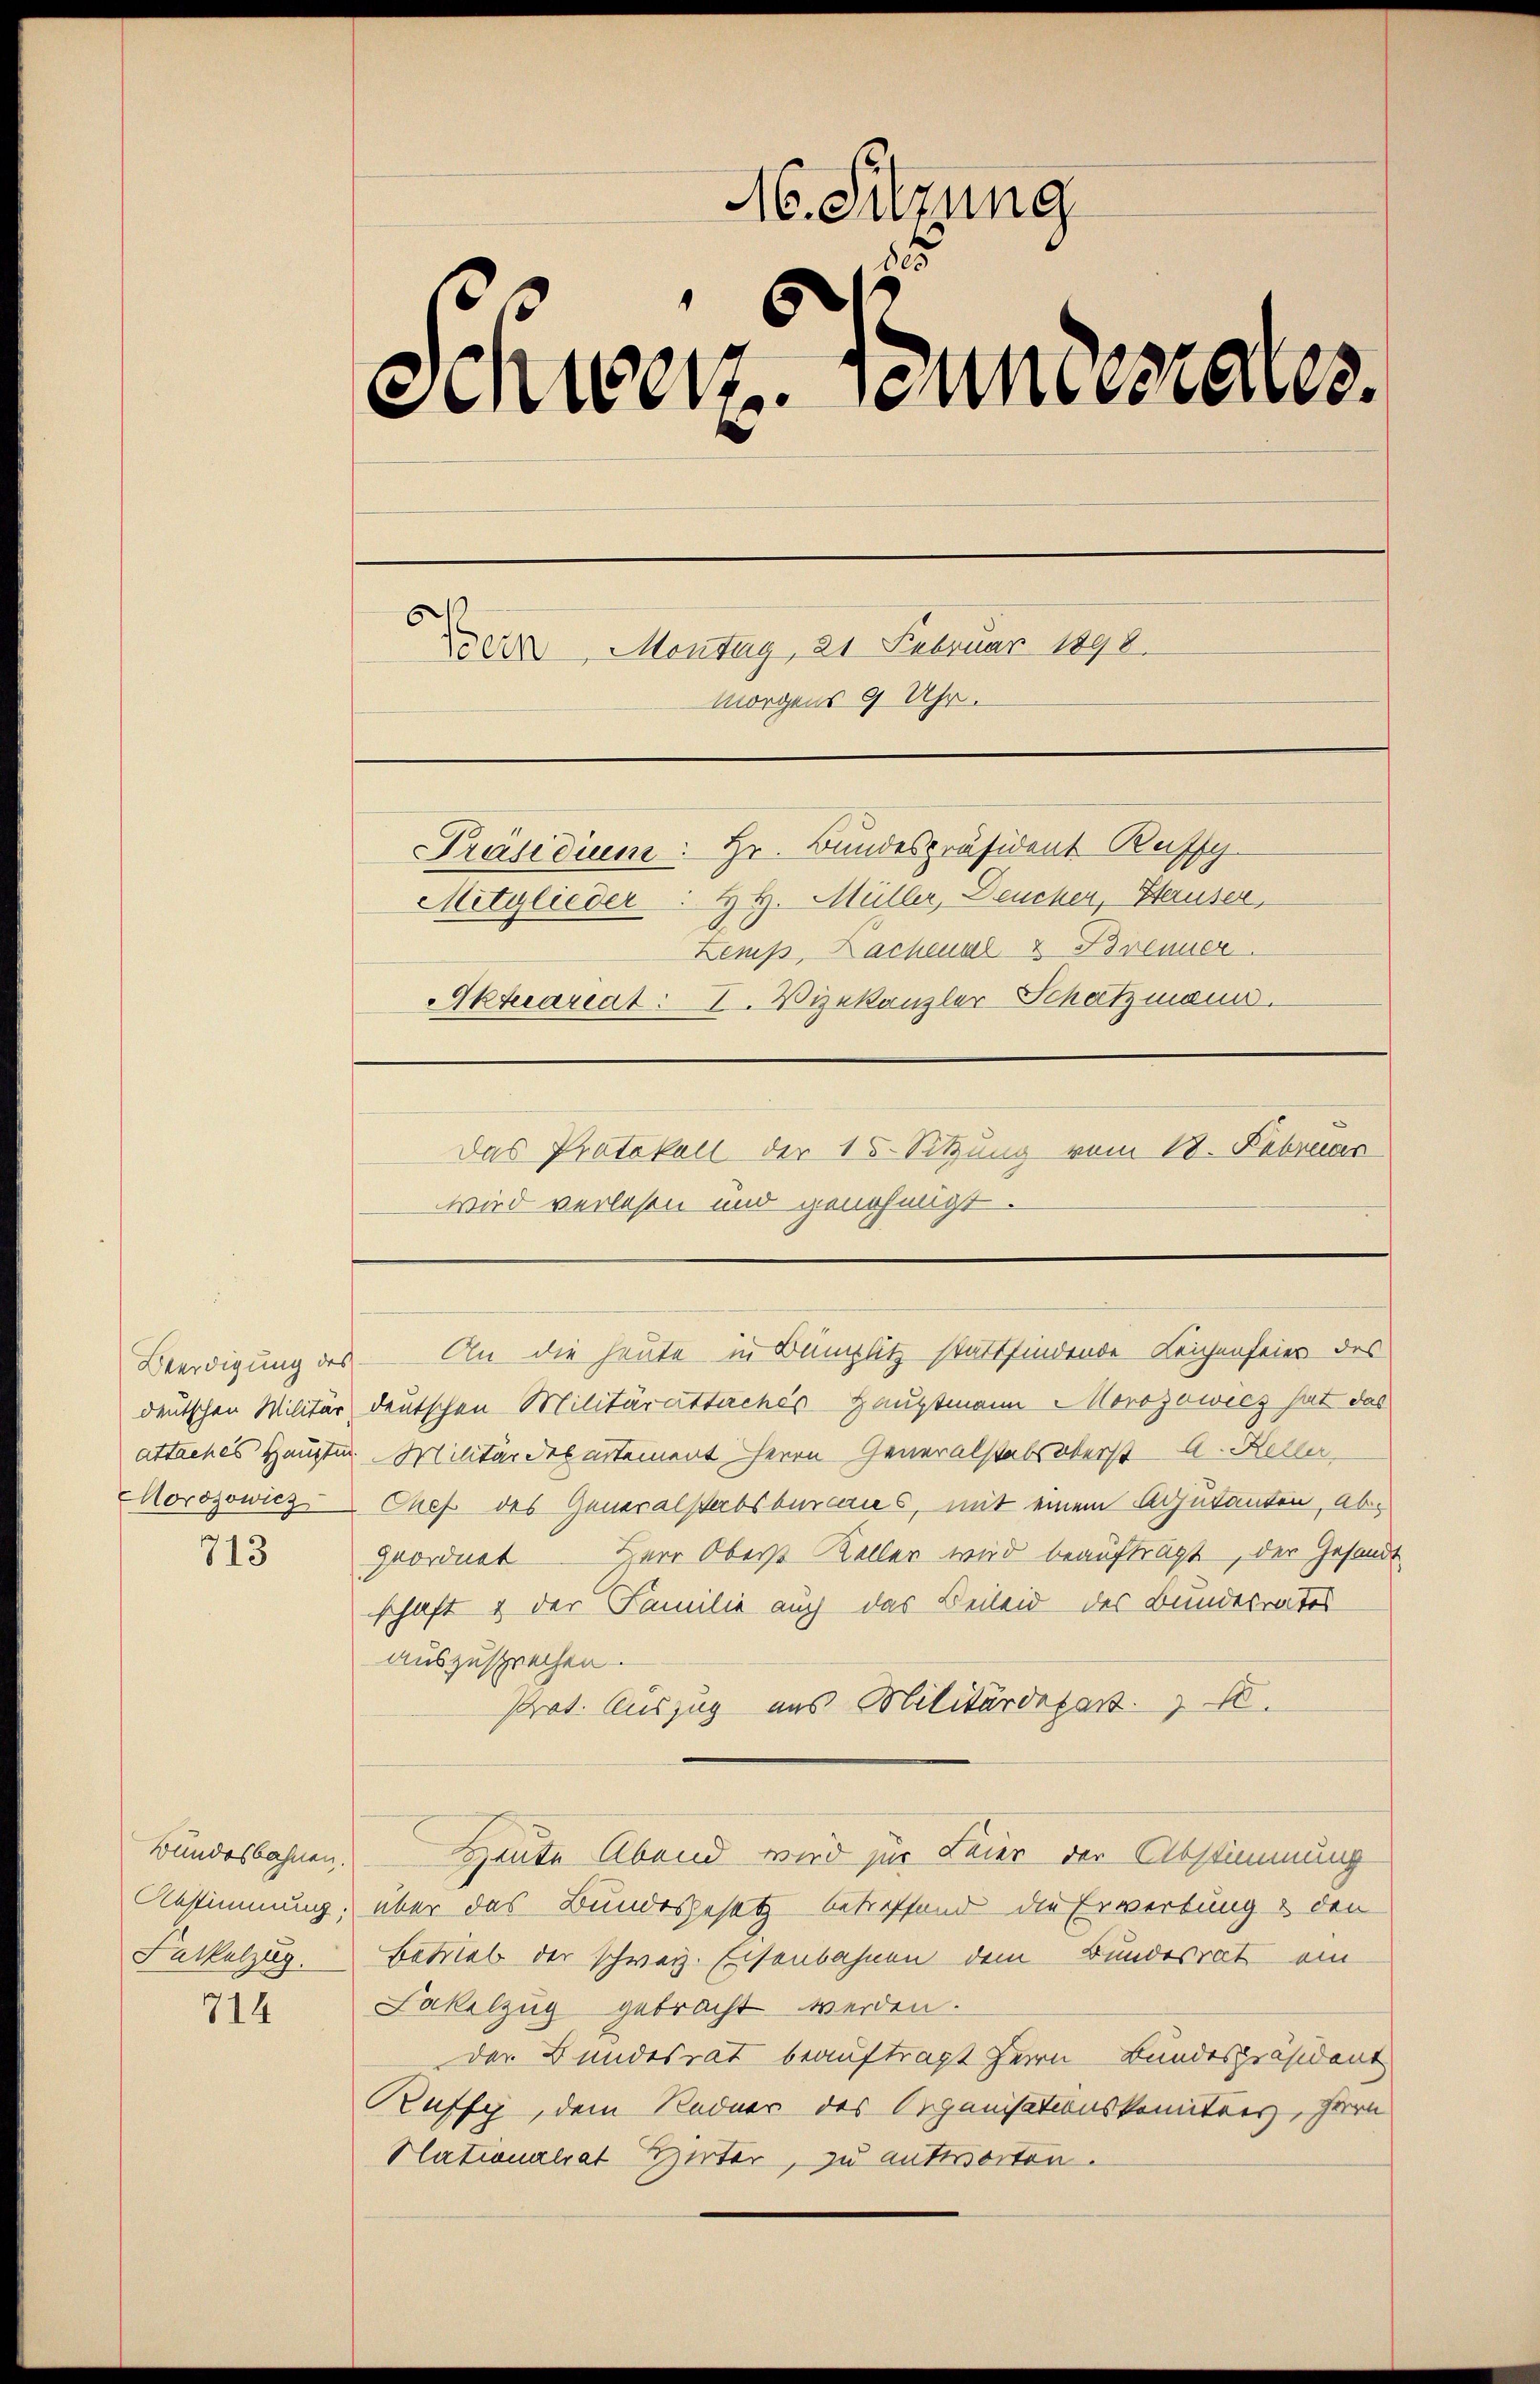
Beerdigung des

713

Bundesbahnen.

714

M. Sitzung
1
Schwerzenmesses.
en Montag, 21 Februar 1898.
morgens 9 Uhr.
Präsidium: Hr. Bundespräsident Ruffy
Mitglieder: H H. Müller, Deucher, Heruser,
Zemp, Lachmal 2 Brenner
Aktuariat: I. Vizekanzler Schatzmann.

Das Protokoll der 15. Sitzung vom 18. Februar
wird verlesen und genehmigt.

deutschen Militär deutschen Militärattaches Hauptmann Morozowicz hat das
attaches Hauptm. Militärdepartement Herrn Generalstabsoberst A. Heller
Morozowicz Chef des Generalstabsbureaus, mit einem Adjutanten, abgeordnet Herr Oberst Keller wird beaufträgt, der Gesandt
schaft & der Familie auch das Beileid des Bundesrates
auszusprechen.
Prot. Auszug aus Militärdepart. 70.
Heute Abend wird zur Feier der Abstimmung
Abstimmung, über das Bundesgesetz betreffend die Erwerbung & den
Fackelzug. Betrieb der schweiz. Eisenbahnen dem Bundesrat ein
Fakelzug gebracht werden.
der Bundesrat beauftragt Herrn Bundespräsident
Ruffy, dem Redner des Organisationskomitees, Herrn
Stationalrat Hirter, zu antworten.

An die heute in Bümplitz stattfindende Leichenfeies des